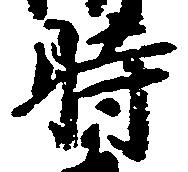
時